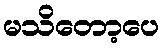
မသိတော့ပေ